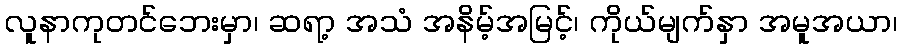
လူနာကုတင်ဘေးမှာ၊ ဆရာ့ အသံ အနိမ့်အမြင့်၊ ကိုယ်မျက်နှာ အမူအယာ၊